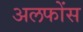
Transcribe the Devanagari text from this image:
अलफोंस